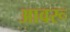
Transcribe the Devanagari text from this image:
आवरू